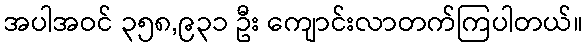
အပါအဝင် ၃၅၈,၉၃၁ ဦး ကျောင်းလာတက်ကြပါတယ်။